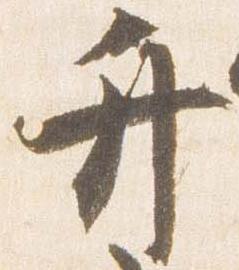
弁